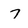
Character: 7